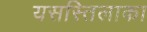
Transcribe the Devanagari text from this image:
यसस्तिलाका